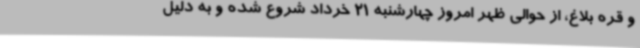
و قره بلاغ، از حوالی ظهر امروز چهارشنبه 21 خرداد شروع شده و به دلیل